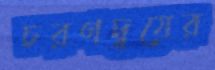
চরণদ্বয়ের